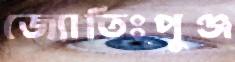
জ্যোতিঃপুঞ্জ